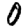
Digit: 0